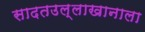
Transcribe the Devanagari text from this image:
सादतउल्लाखानाला